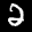
Label: 2